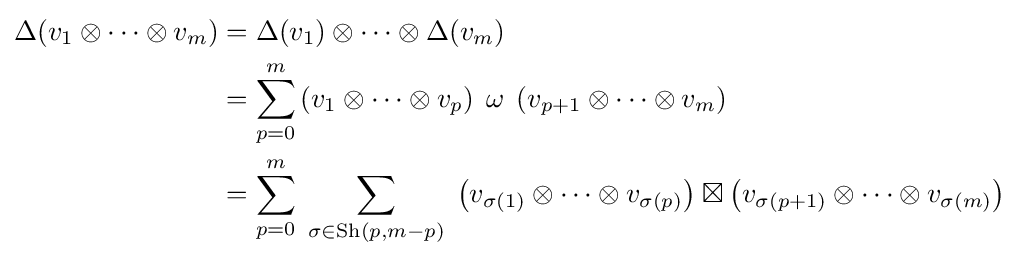
{\begin{aligned}\Delta (v_{1}\otimes \cdots \otimes v_{m})&=\Delta (v_{1})\otimes \cdots \otimes \Delta (v_{m})\\&=\sum _{p=0}^{m}\left(v_{1}\otimes \cdots \otimes v_{p}\right)\;\omega \;\left(v_{p+1}\otimes \cdots \otimes v_{m}\right)\\&=\sum _{p=0}^{m}\;\sum _{\sigma \in \mathrm {Sh} (p,m-p)}\;\left(v_{\sigma (1)}\otimes \dots \otimes v_{\sigma (p)}\right)\boxtimes \left(v_{\sigma (p+1)}\otimes \dots \otimes v_{\sigma (m)}\right)\end{aligned}}